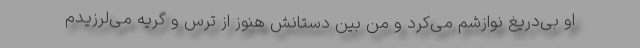
او بی‌دریغ نوازشم می‌کرد و من بین دستانش هنوز از ترس و گریه می‌لرزیدم